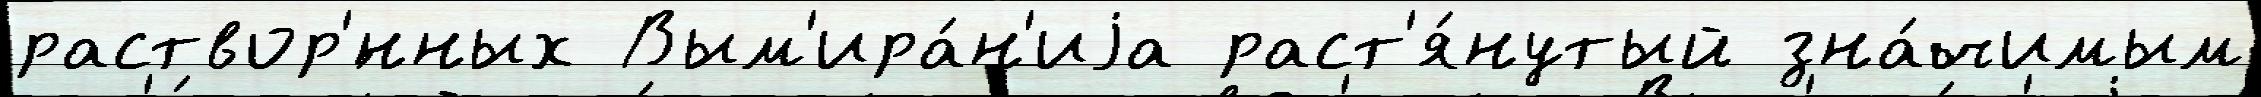
раствор'́нных Вым'ира́н'иjа раст'я́нутый зна́чимым